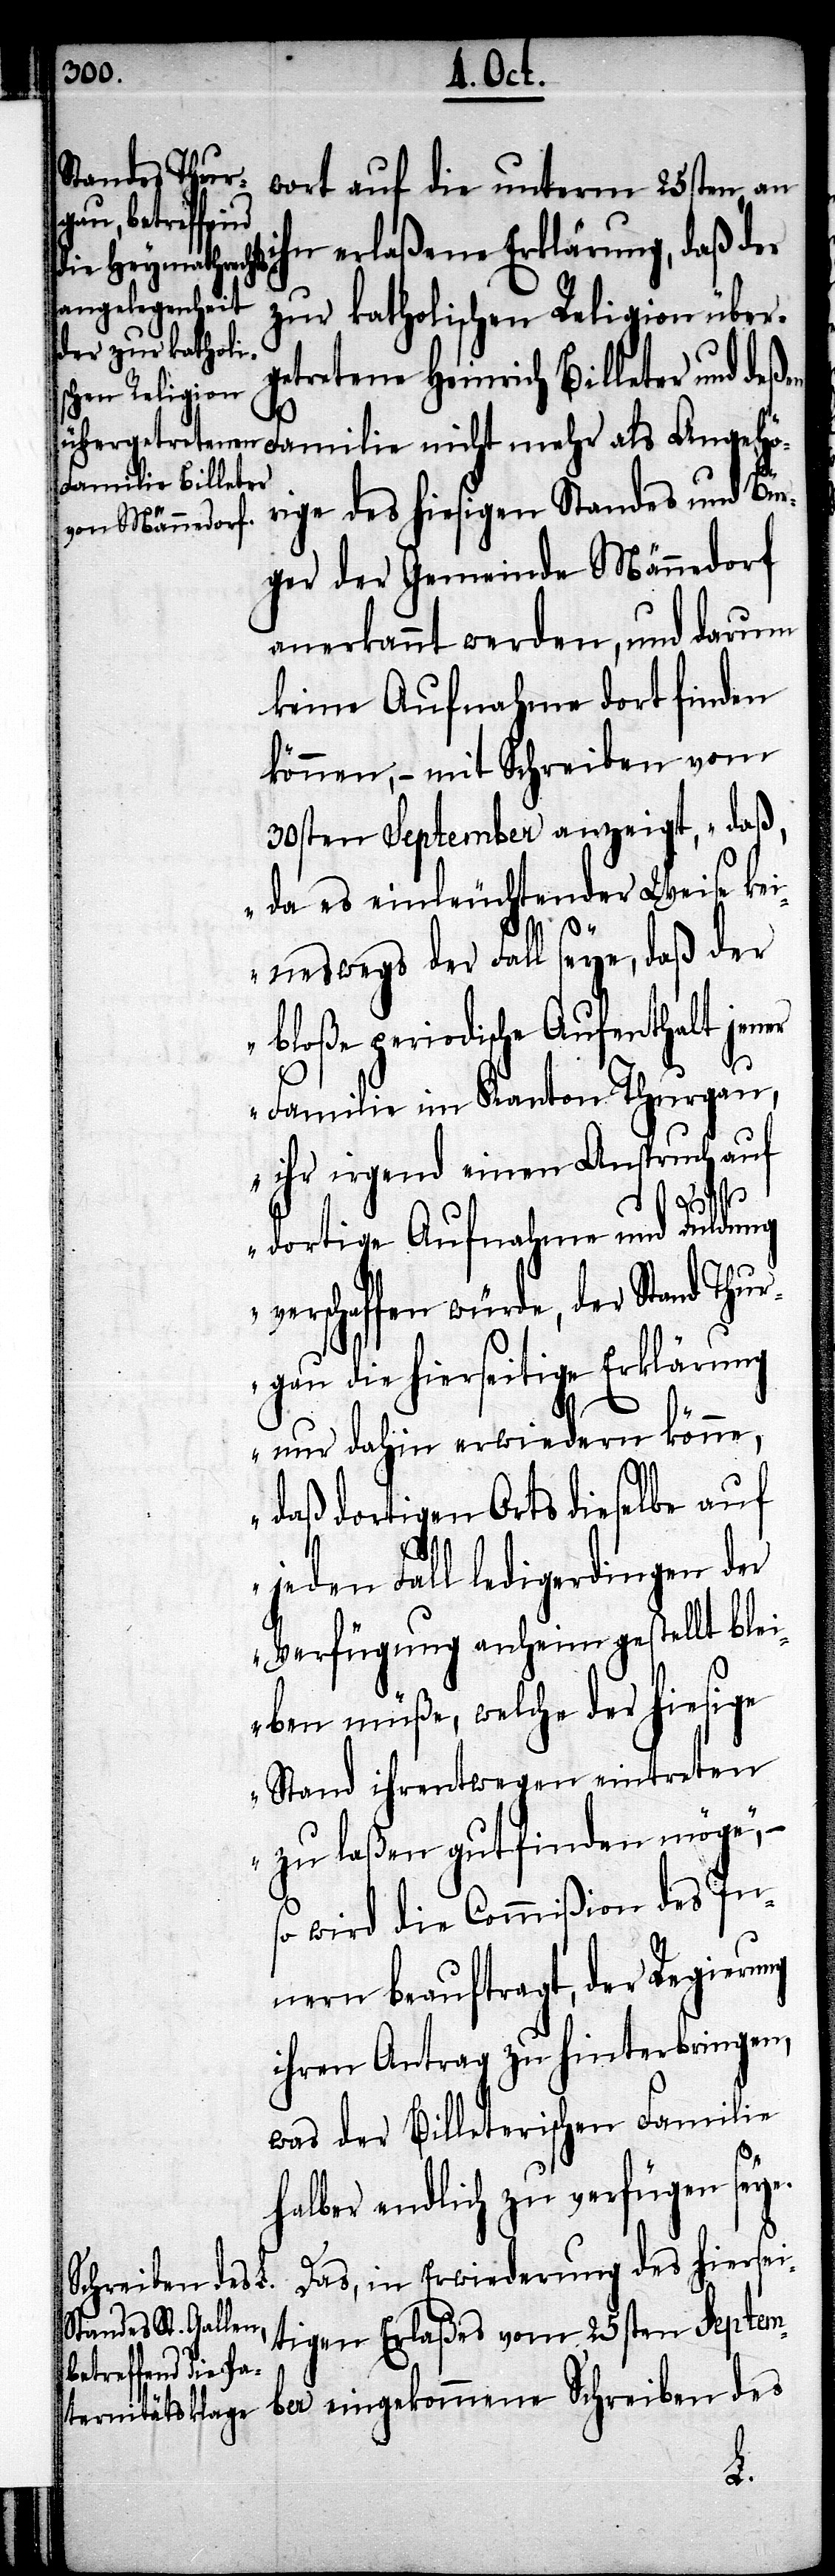
wort auf die unterm 25sten, an
ihn erlaßene Erklärung, daß der
zur katholischen Religion über¬
getretene Heinrich Billeter und deß¬
Familie nicht mehr als Angehö¬
rige des hiesigen Standes und Bür¬
ger der Gemeinde Männedorf
anerkannt werden, und darum
keine Aufnahme dort finden
können, – mit Schreiben vom
30sten September anzeigt, „daß,
da es einleuchtender Weise kei¬
neswegs der Fall seye, daß der
bloße periodische Aufenthalt jener
Familie im Kanton Thurgau,
ihr irgend einen Anspruch auf
dortige Aufnahme und Duldung
verschaffen würde, der Stand Thur¬
gau die hierseitige Erklärung
nur dahin erwiedern könne,
daß dortigen Orts dieselbe auf
jeden Fall ledigerdingen der
Verfügung anheim gestellt blei¬
ben müße, welche der hiesige
Stand ihrentwegen eintreten
zu laßen gutfinden möge“,
so wird die Commißion des In¬
nern beauftragt, der Regierung
ihren Antrag zu hinterbringen,
was der Billeterischen Familie
selber endlich zu verfügen seye.
Das, in Erwiederung des hiersei¬
Schreiben des
tigen Erlaßes vom 25sten Septem¬
ber